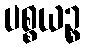
ပစ္စယဉ္စ